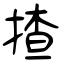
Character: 揸